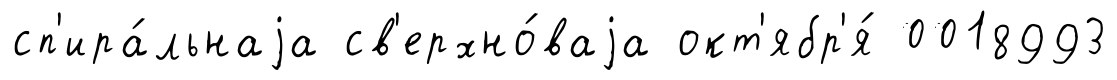
сп'ира́льнаjа св'ерхно́ваjа окт'ябр'я́ 0018993